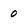
Character: 0